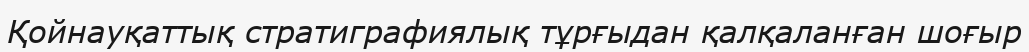
Қойнауқаттық стратиграфиялық тұрғыдан қалқаланған шоғыр